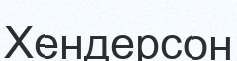
Хендерсон